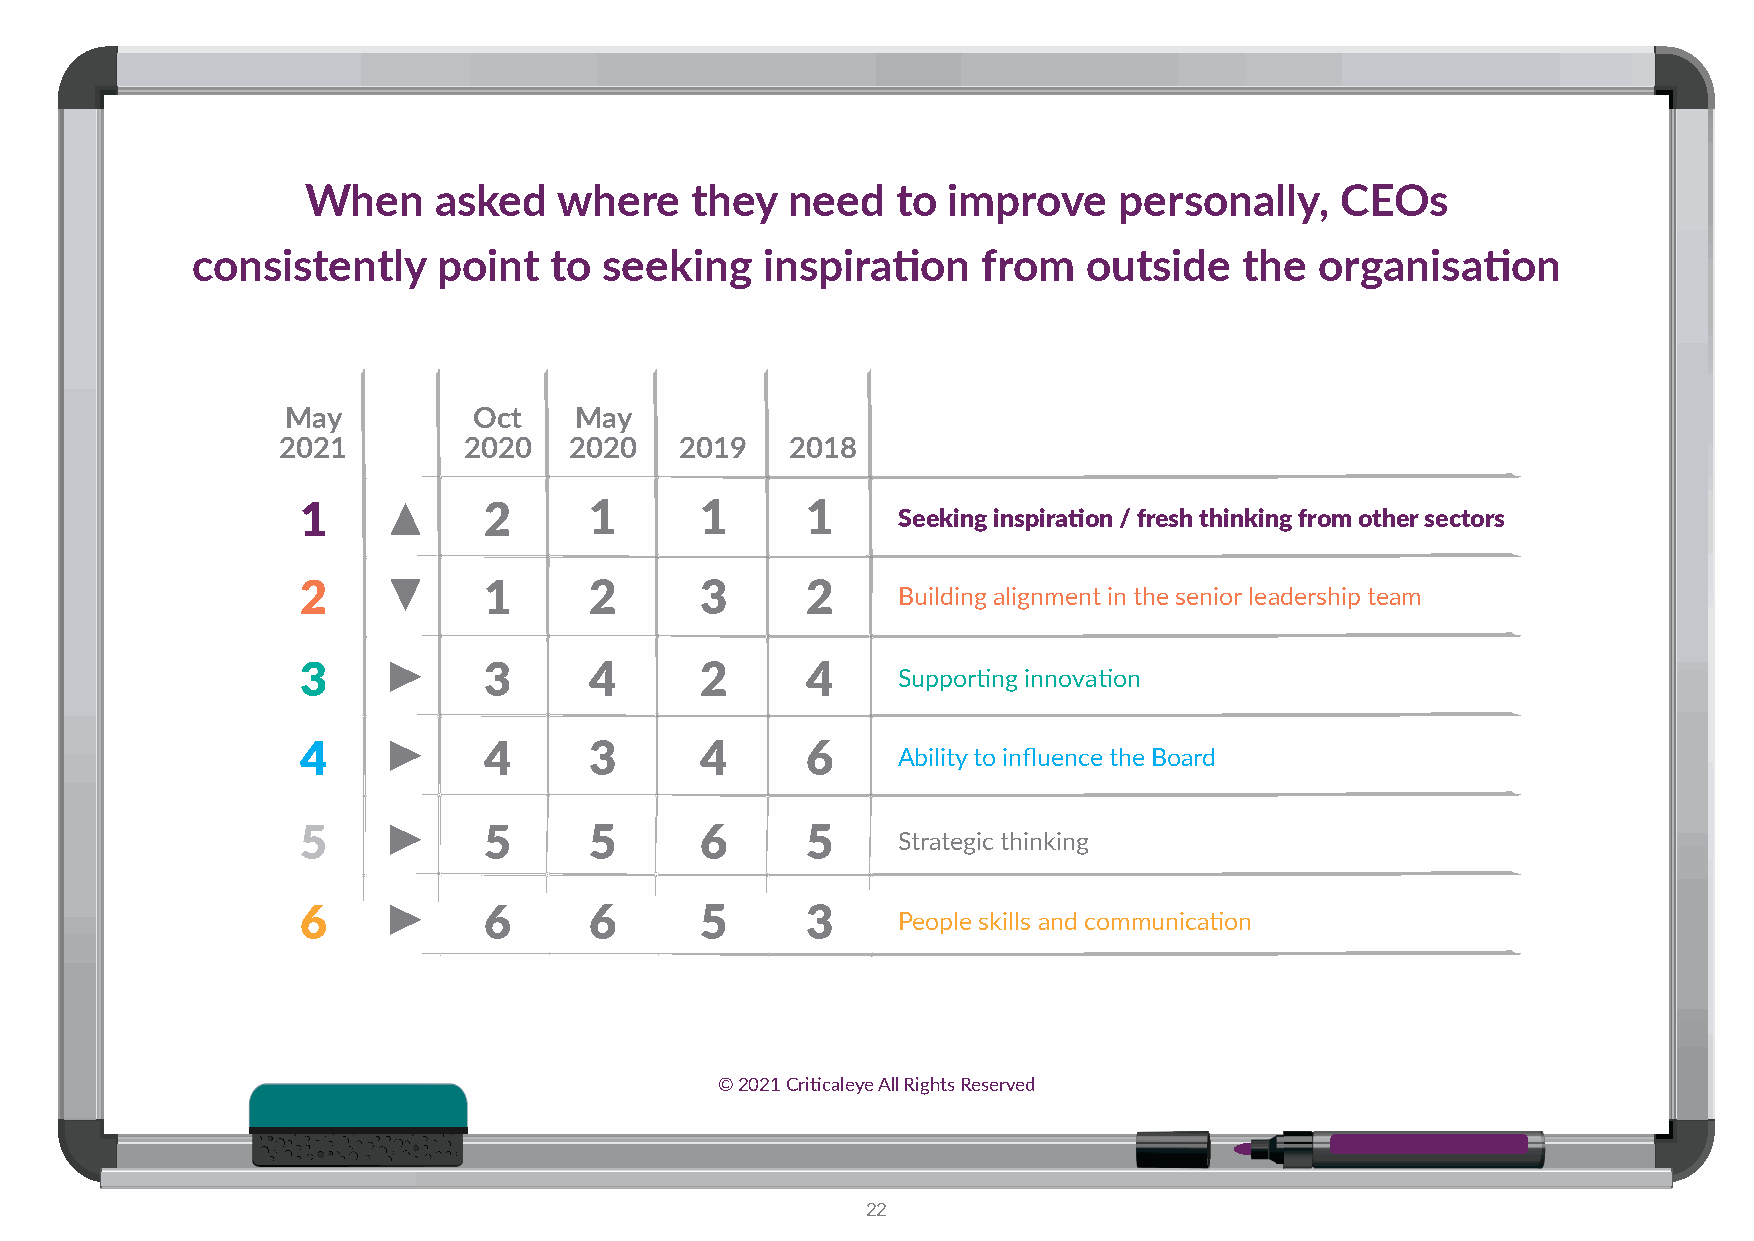
When     asked   where    they  need   to  improve    personally,    CEOs
 consistently    point  to  seeking    inspiration   from   outside   the  organisation
 May         Oct    May
 2021         2020   2020   2019   2018
 1           2      1      1      1
 Seeking inspiration / fresh thinking from other sectors
 2           1      2      3      2     Building alignment in the senior leadership team
 3           3      4      2      4     Supporting innovation
 4           4      3      4      6     Ability to influence the Board
 5           5      5      6      5     Strategic thinking
 6           6      6      5      3     People skills and communication
 © 2021 Criticaleye All Rights Reserved
 22